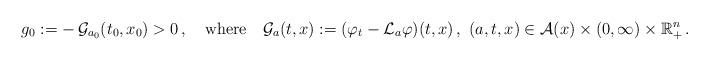
LaTeX: \begin{align*}\ g_0:=-\,\mathcal{G}_{a_0}(t_0,x_0)>0\,,\ \ \ \mathrm{where}\ \ \ \mathcal{G}_{a}(t,x):=( \varphi_t-{\mathcal{L}}_{a}\varphi) (t,x)\,, \ (a,t,x)\in \mathcal{A}(x) \times (0,\infty)\times \mathbb{R}_+^n\,.\end{align*}